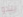
يبدو